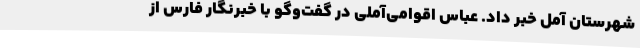
شهرستان آمل خبر داد. عباس اقوامی‌آملی در گفت‌وگو با خبرنگار فارس از